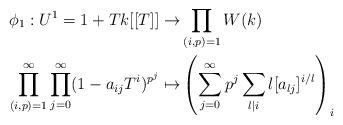
LaTeX: \begin{align*}\phi_1: U^1=1+Tk[[T]] \to& \prod_{(i,p)=1} W(k) \\\prod_{(i,p)=1}^{\infty} \prod_{j=0}^{\infty} (1- a_{ij} T^i)^{p^j} \mapsto& \left( \sum_{j=0}^{\infty} p^j \sum_{l|i} l [a_{lj}]^{i/l} \right)_i\end{align*}